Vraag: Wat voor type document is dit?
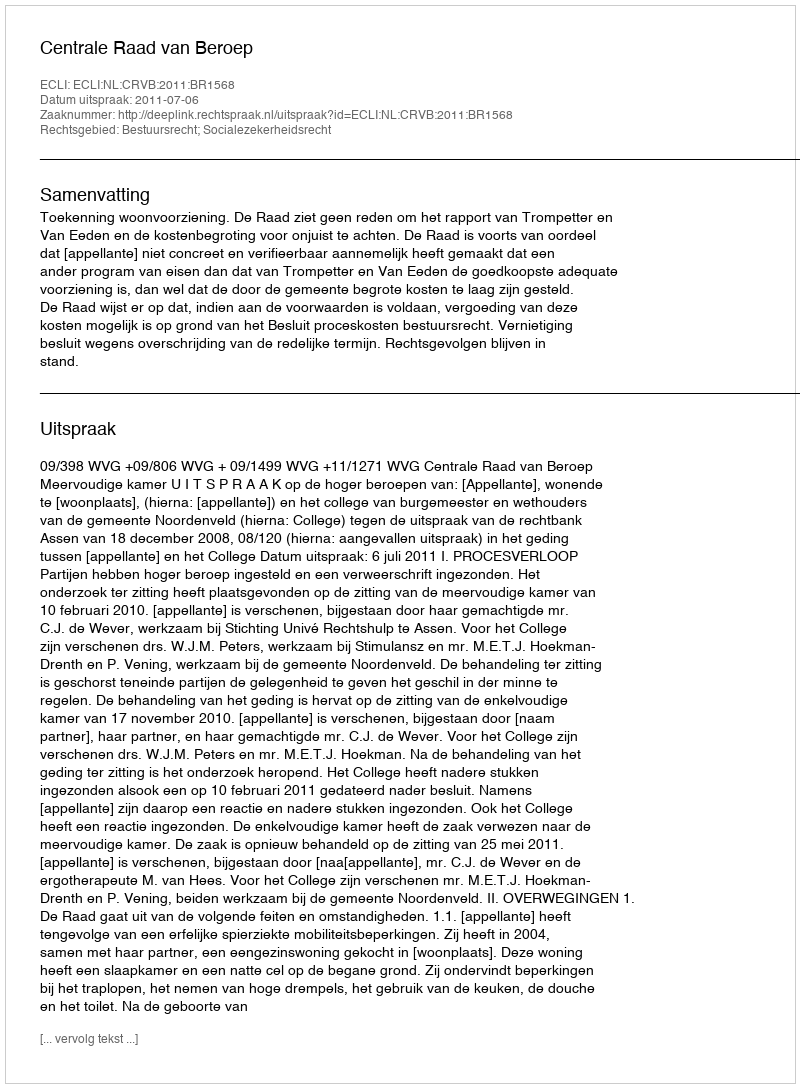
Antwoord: Uitspraak